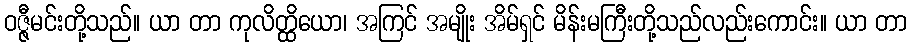
ဝဇ္ဇီမင်းတို့သည်။ ယာ တာ ကုလိတ္ထိယော၊ အကြင် အမျိုး အိမ်ရှင် မိန်းမကြီးတို့သည်လည်းကောင်း။ ယာ တာ